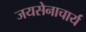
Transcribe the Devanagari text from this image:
जयसेनाचार्य